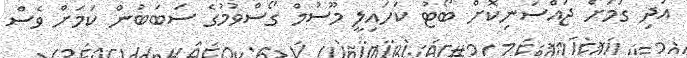
އަދި ގަމަށް ޖައްސަނިކޮށް ބޯޓު ކަހައިލީ މޫސުމް ގޯސްވުމުގެ ސަބަބުން ކަމަށް ވެސް